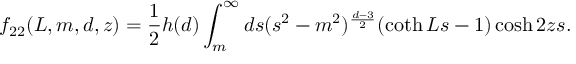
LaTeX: f _ { 2 2 } ( L , m , d , z ) = \frac { 1 } { 2 } h ( d ) \int _ { m } ^ { \infty } d s ( s ^ { 2 } - m ^ { 2 } ) ^ { \frac { d - 3 } { 2 } } ( \coth L s - 1 ) \cosh 2 z s .